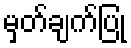
မှတ်ချက်ပြု